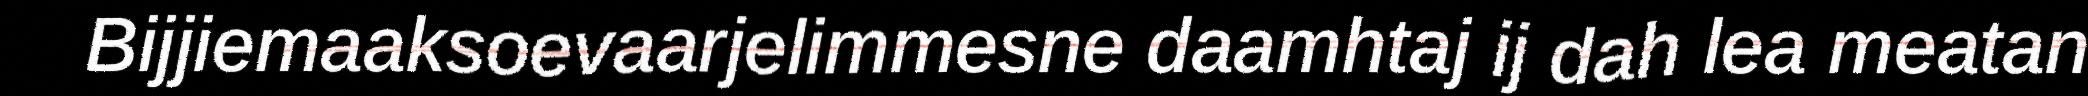
Bijjiemaaksoevaarjelimmesne daamhtaj ij dah lea meatan